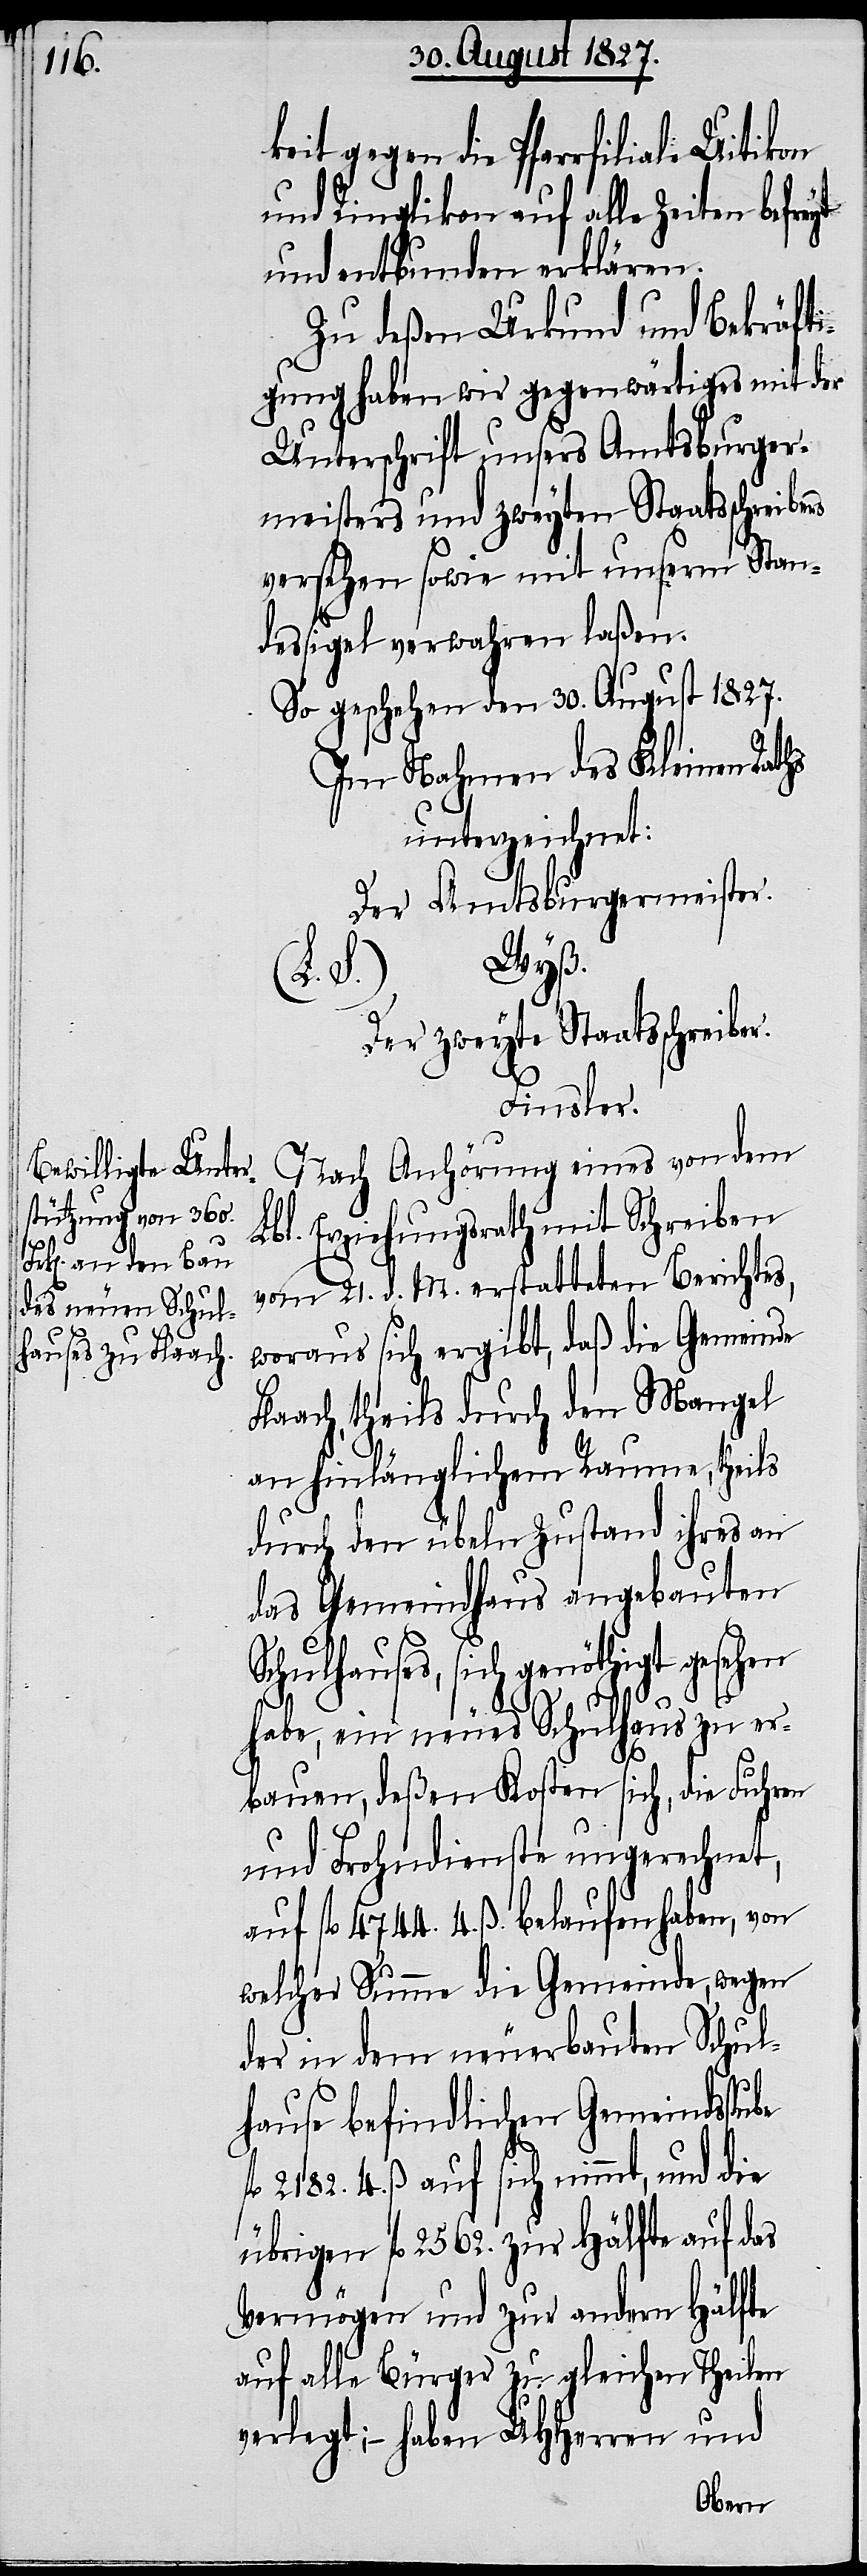
keit gegen die Pfarrfiliale Uitikon
und Ringlikon auf alle Zeiten befreyt
und entbunden erklären.
Zu deßen Urkund und Bekräfti¬
gung haben wir gegenwärtiges mit der
Unterschrift unsers Amtsburger¬
meisters und zweyten Staatsschreibe¬
versehen sowie mit unserm Stan¬
dessigel verwahren laßen.
So geschehen den 30. August 1827.
Im Nahmen des Kleinen Raths
unterzeichnet:
Der Amtsburgermeister.
Wyß.
Der zweyte Staatsschreiber.
Finsler.
Nach Anhörung eines von dem
Lbl. Erziehungsrath mit Schreiben
vom 21. d. M. erstatteten Berichtes,
woraus sich ergibt, daß die Gemeinde
Flaach, theils durch den Mangel
an hinlänglichem Raume, theils
durch den übeln Zustand ihres an
das Gemeindhaus angebauten
hulhauses, sich genöthigt gesehen
habe, ein neues Schulhaus zu er¬
ube
bauen, deßen Kosten sich, die Fuhren
und Frohndienste ungerechnet,
auf fl. 4744. 4. ß. belaufen haben, von
welcher Summe die Gemeinde, wegen
der in dem neuerbauten Schul¬
hause befindlichen Gemeindsst¬
2182. 4. ß. auf sich nimmt, und die
übrigen fl. 2562. zur Hälfte auf das
Vermögen und zur andern Hälfte
auf alle Bürger zu gleichen Theilen
verlegt; – haben UHHerren und